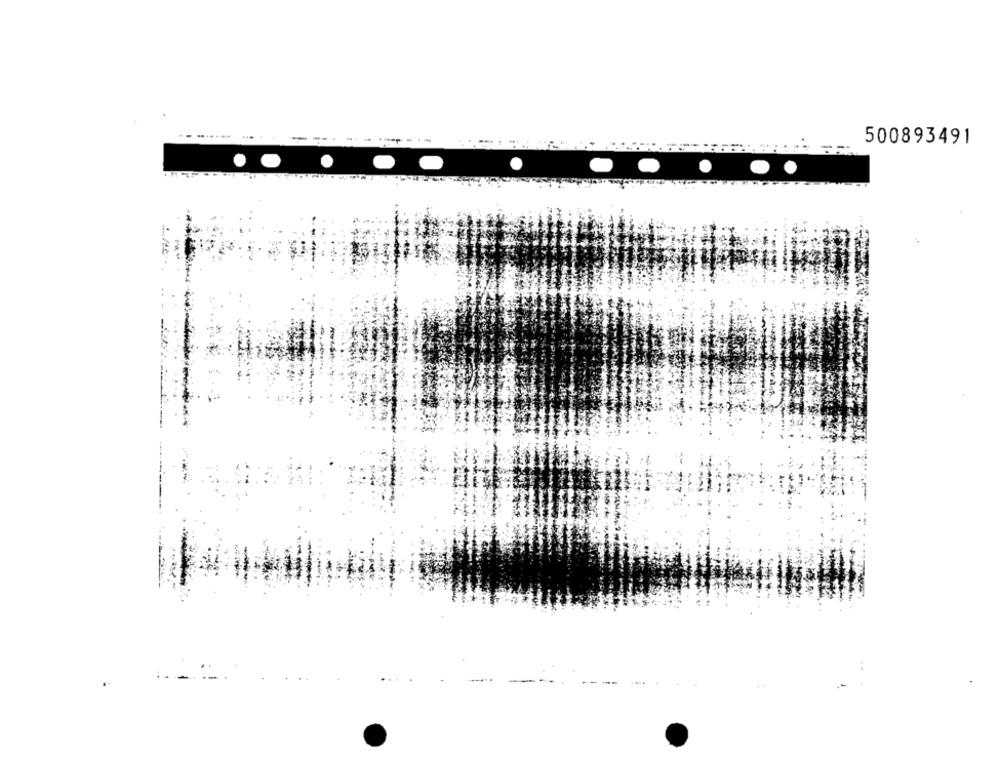
---
500893491